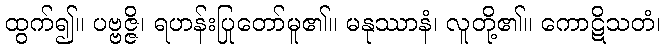
ထွက်၍။ ပဗ္ဗဇ္ဇိ၊ ရဟန်းပြုတော်မူ၏။ မနုဿာနံ၊ လူတို့၏။ ကောဋိသတံ၊